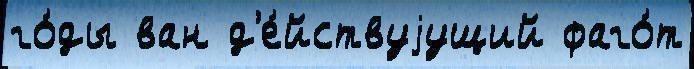
го́ды ван д'е́йствуjущий фаго́т